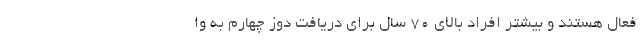
فعال هستند و بیشتر افراد بالای ۷۰ سال برای دریافت دوز چهارم به وا